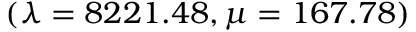
( \lambda = 8 2 2 1 . 4 8 , \mu = 1 6 7 . 7 8 )